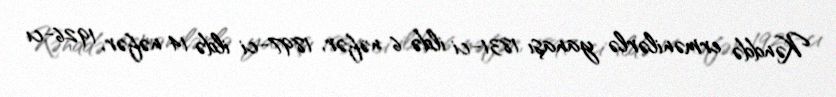
Kənddə ermənilərlə yanaşı 1831-ci ildə 6 nəfər, 1897-ci ildə 14 nəfər, 1926-cı